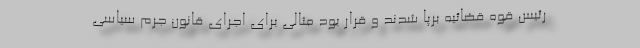
رئیس قوه قضائیه برپا شدند و قرار بود مثالی برای اجرای قانون جرم سیاسی